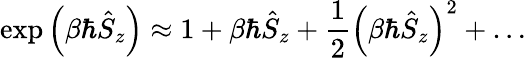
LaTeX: \exp\left(\beta{\hbar}\hat{S}_{z}\right)\approx 1+\beta{\hbar}\hat{S}_{z}+\frac{1}{2}\left(\beta{\hbar}\hat{S}_{z}\right)^{2}+\dots